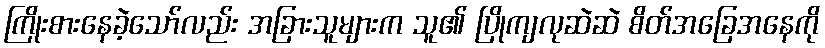
ကြိုးစားနေခဲ့သော်လည်း အခြားသူများက သူ၏ ပြိုကျလုဆဲဆဲ စိတ်အခြေအနေကို